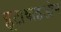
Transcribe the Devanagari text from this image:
ग्लूटाथाइओन